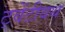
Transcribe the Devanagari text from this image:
ट्वेंटीयथ